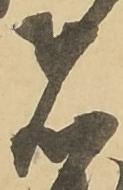
者